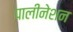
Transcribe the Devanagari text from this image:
पालीनेशन